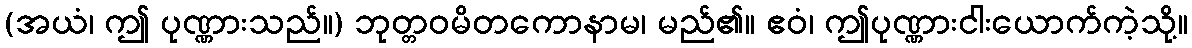
(အယံ၊ ဤ ပုဏ္ဏားသည်။) ဘုတ္တဝမိတကောနာမ၊ မည်၏။ ဧဝံ၊ ဤပုဏ္ဏားငါးယောက်ကဲ့သို့။